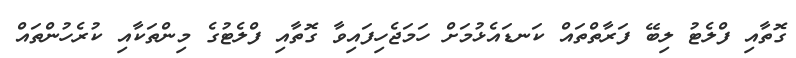
ގޮތާއި ފްލެޓު ލިބޭ ފަރާތްތައް ކަނޑައެޅުމަށް ހަމަޖެހިފައިވާ ގޮތާއި ފްލެޓުގެ މިންތަކާއި ކުރެހުންތައް